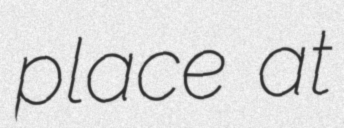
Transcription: place at